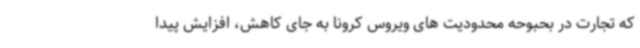
که تجارت در بحبوحه محدودیت های ویروس کرونا به جای کاهش، افزایش پیدا